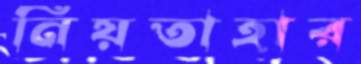
নিয়তাহার